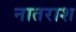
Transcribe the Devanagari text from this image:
नातराश